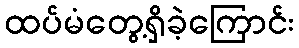
ထပ်မံတွေ့ရှိခဲ့ကြောင်း